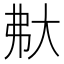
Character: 𡗻